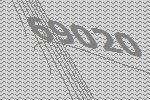
69020